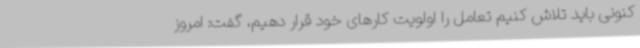
کنونی باید تلاش کنیم تعامل را اولویت کارهای خود قرار دهیم، گفت: امروز